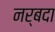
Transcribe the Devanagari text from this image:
नर्बदा